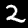
Label: 2